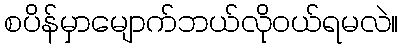
စပိန်မှာမျောက်ဘယ်လိုဝယ်ရမလဲ။